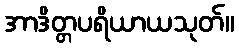
အာဒိတ္တပရိယာယသုတ်။